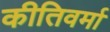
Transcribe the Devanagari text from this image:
कीतिवर्मा